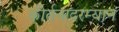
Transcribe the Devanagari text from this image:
कीर्तनादरम्यान